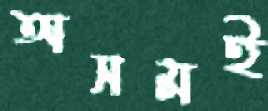
অসমই